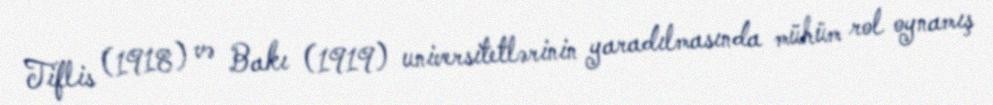
Tiflis (1918) və Bakı (1919) universitetlərinin yaradılmasında mühüm rol oynamış